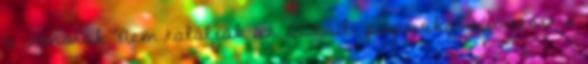
a vonatok Nem találják az őszödi papírokat Kiöntött a